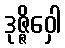
ဒုဇ္ဇိဝှေါ